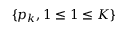
\{ p _ { k } , 1 \le 1 \le K \}